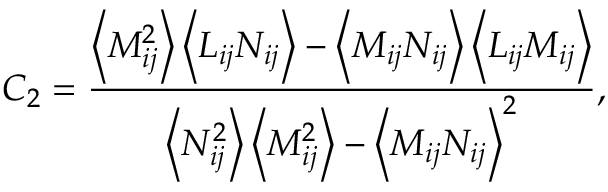
C _ { 2 } = \frac { \left\langle M _ { i j } ^ { 2 } \right\rangle \left\langle L _ { i j } N _ { i j } \right\rangle - \left\langle M _ { i j } N _ { i j } \right\rangle \left\langle L _ { i j } M _ { i j } \right\rangle } { \left\langle N _ { i j } ^ { 2 } \right\rangle \left\langle M _ { i j } ^ { 2 } \right\rangle - \left\langle M _ { i j } N _ { i j } \right\rangle ^ { 2 } } ,